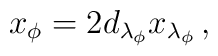
x_{\phi }=2d_{\lambda _{\phi }}x_{\lambda _{\phi }}\, ,